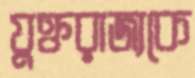
যুক্তরাজ্যকে